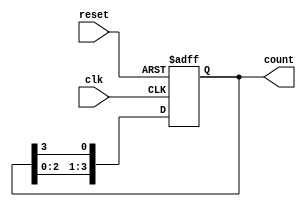
module ring_counter #(
    parameter N = 4  // Number of stages (flip-flops)
)(
    input wire clk,        // Clock signal
    input wire reset,      // Asynchronous reset signal
    output reg [N-1:0] count // Output representing the state of the ring counter
);

// On reset, initialize the counter
always @(posedge clk or posedge reset) begin
    if (reset) begin
        count <= 1'b1; // Set the first flip-flop to '1', others to '0'
    end else begin
        // Shift the '1' to the next flip-flop
        count <= {count[N-2:0], count[N-1]}; // Shift left and wrap around
    end
end

endmodule